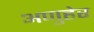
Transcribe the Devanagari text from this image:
अणुहेर